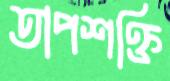
তাপশক্তি